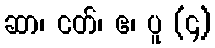
ဆာ၊ ငတ်၊ ဧ၊ ပူ (၄)